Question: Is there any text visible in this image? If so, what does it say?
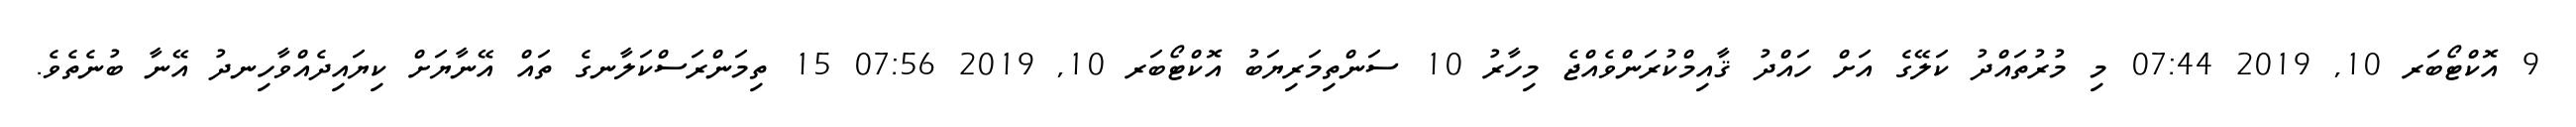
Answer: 9 އޮކްޓޯބަރ 10, 2019 07:44 މި މުރުތައްދު ކަލޭގެ އަށް ހައްދު ޤާއިމްކުރަންވެއްޖެ މިހާރު 10 ސަންތިމަރިޔަބު އޮކްޓޯބަރ 10, 2019 07:56 15 ތިމަންރަސްކަލާނގެ ތައް އޭނާޔަށް ކިޔައިދެއްވާހިނދު އޭނާ ބުނެތެވެ.